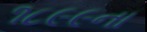
૧૮૯૯ના